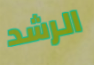
الرشد